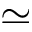
\simeq